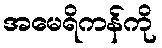
အမေရိကန်ကို